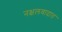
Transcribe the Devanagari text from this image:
नक्षलवादात